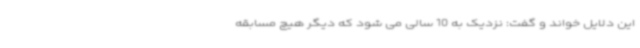
این دلایل خواند و گفت: نزدیک به 10 سالی می شود که دیگر هیچ مسابقه